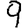
Digit: 9